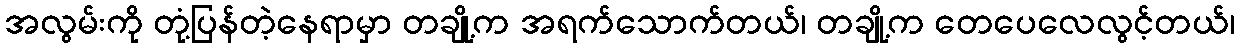
အလွမ်းကို တုံ့ပြန်တဲ့နေရာမှာ တချို့က အရက်သောက်တယ်၊ တချို့က တေပေလေလွင့်တယ်၊